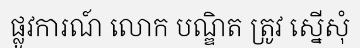
ផ្លូវការណ៍ លោក បណ្ឌិត ត្រូវ ស្នើសុំ